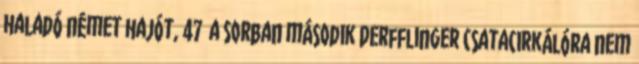
haladó német hajót, 47 a sorban második Derfflinger csatacirkálóra nem